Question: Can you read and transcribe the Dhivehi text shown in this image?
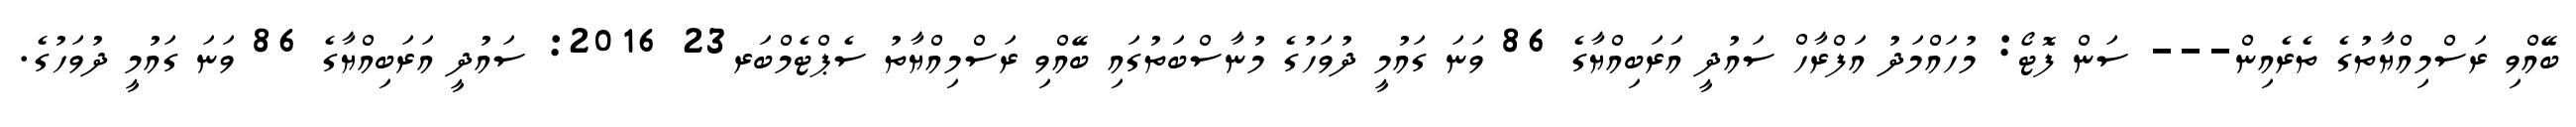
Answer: ބޭއްވި ރަސްމިއްޔާތުގެ ތެރެއިން--- ސަން ފޮޓޯ: މުހައްމަދު އަފްރާހް ސައުދީ އަރަބިއްޔާގެ 86 ވަނަ ގައުމީ ދުވަހުގެ މުނާސްބަތުގައި ބޭއްވި ރަސްމިއްޔާތު ސެޕްޓެމްބަރ23 2016: ސައުދީ އަރަބިއްޔާގެ 86 ވަނަ ގައުމީ ދުވަހުގެ.